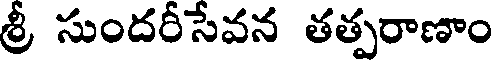
శ్రీ సుందరీసేవన తత్పరాణాం